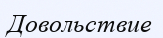
Довольствие